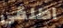
اطلقي